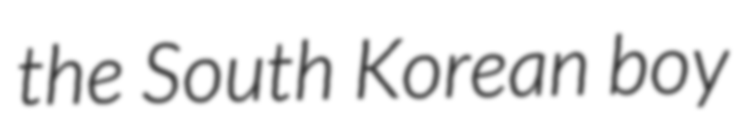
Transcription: the South Korean boy